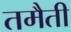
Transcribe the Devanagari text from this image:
तमैती